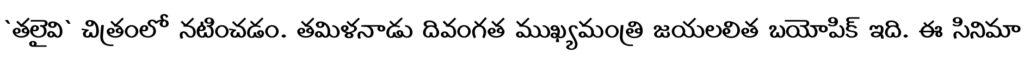
`తలైవి` చిత్రంలో నటించడం. తమిళనాడు దివంగత ముఖ్యమంత్రి జయలలిత బయోపిక్ ఇది. ఈ సినిమా